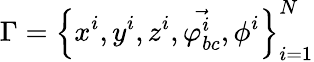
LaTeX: \Gamma=\left\{ x^{i},y^{i},z^{i},\vec{\varphi_{bc}^{i}},\phi^{i}\right\} _{i=1}^{N}